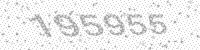
Solution: 195955